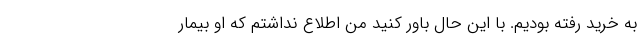
به خرید رفته بودیم. با این حال باور کنید من اطلاع نداشتم که او بیمار